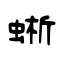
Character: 蜥